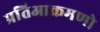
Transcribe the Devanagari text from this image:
प्रतिआक्रमणो